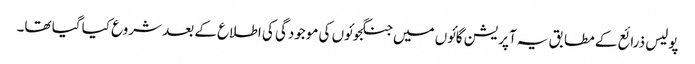
پولیس ذرائع کے مطابق یہ آپریشن گائوں میں جنگجوئوں کی موجودگی کی اطلاع کے بعد شروع کیا گیا تھا۔